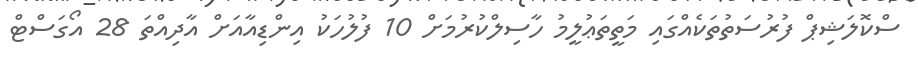
ސްކޮލަޝިޕް ފުރުސަތުތަކެއްގައި މަތީތަޢުލީމު ހާސިލްކުރުމަށް 10 ފުލުހަކު އިންޑިއާއަށް އާދިއްތަ 28 އޯގަސްޓް